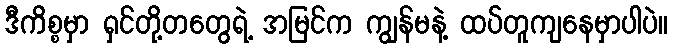
ဒီကိစ္စမှာ ရှင်တို့တတွေရဲ့ အမြင်က ကျွန်မနဲ့ ထပ်တူကျနေမှာပါပဲ။